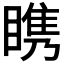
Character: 𪾷